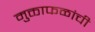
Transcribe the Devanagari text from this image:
मुक्ताफळांची